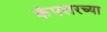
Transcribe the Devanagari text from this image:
केपलरच्या